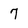
Character: 7